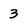
Character: 3